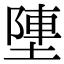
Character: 塦